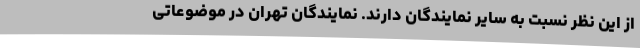
از این نظر نسبت به سایر نمایندگان دارند. نمایندگان تهران در موضوعاتی